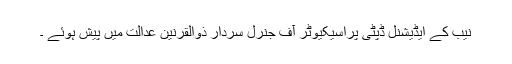
نیب کے ایڈیشنل ڈپٹی پراسیکیوٹر آف جنرل سردار ذوالقرنین عدالت میں پیش ہوئے ۔